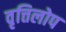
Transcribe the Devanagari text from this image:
वृत्तिलोप